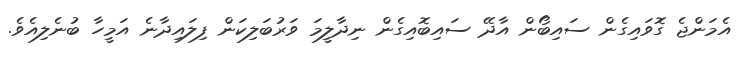
އެމަންޖެ ގޮވައިގެން ސައިބޯން އާދޭ ސައިބޮއިގެން ނިދާލީމަ ވަރުބަލިކަން ފިލައިދާނެ އަމީހާ ބުނެލިއެވެ.